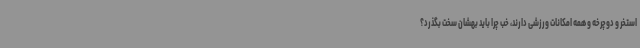
استخر و دوچرخه و همه امکانات ورزشی دارند، خب چرا باید بهشان سخت بگذرد؟